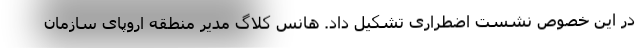
در این خصوص نشست اضطراری تشکیل داد. هانس کلاگ مدیر منطقه اروپای سازمان